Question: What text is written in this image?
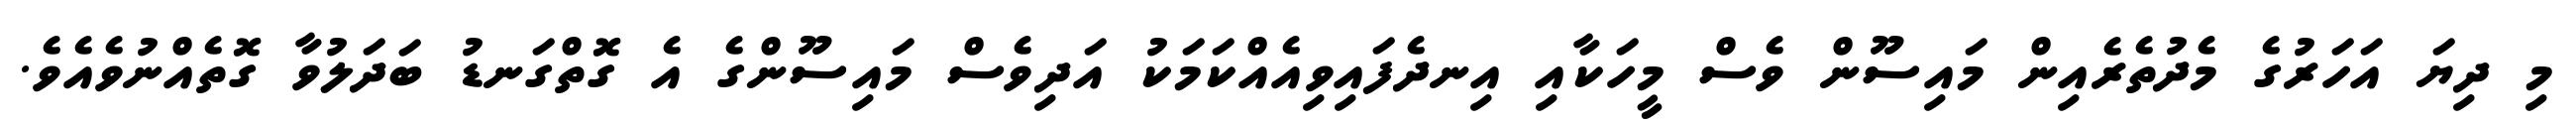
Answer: މި ދިޔަ އަހަރުގެ މެދުތެރެއިން މައިސޫން ވެސް މީހަކާއި އިނދެފައިވިއެއްކަމަކު އަދިވެސް މައިސޫންގެ އެ ގޮތްގަނޑު ބަދަލުވާ ގޮތެއްނުވެއެވެ.